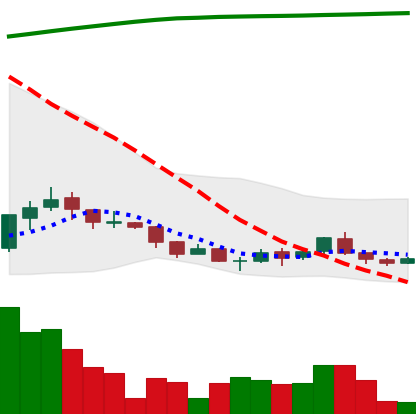
Ticker: ADA-USD
Chart end date: 2018-04-07
Forward return: 42.636%
Label: up_7plus